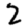
Digit: 2